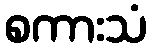
စကားသံ